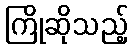
ကြိုဆိုသည့်